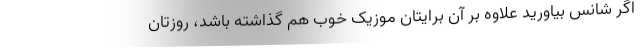
اگر شانس بیاورید علاوه بر آن برایتان موزیک خوب هم گذاشته باشد، روزتان